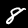
Label: 8